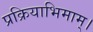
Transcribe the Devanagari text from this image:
प्रक्रियाभिमाम्।